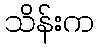
သိန်းက